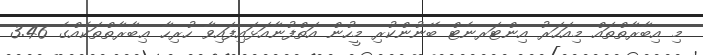
މި އިބާރާތްތައް މިއަހަރު އިންޓަރނެޓް ބޭނުންކުރި މީހުން އަތްފުނާއަޅައިފައިވާ ހުރިހާ ޢިބާރާތްތަކެއްގެ 3.46